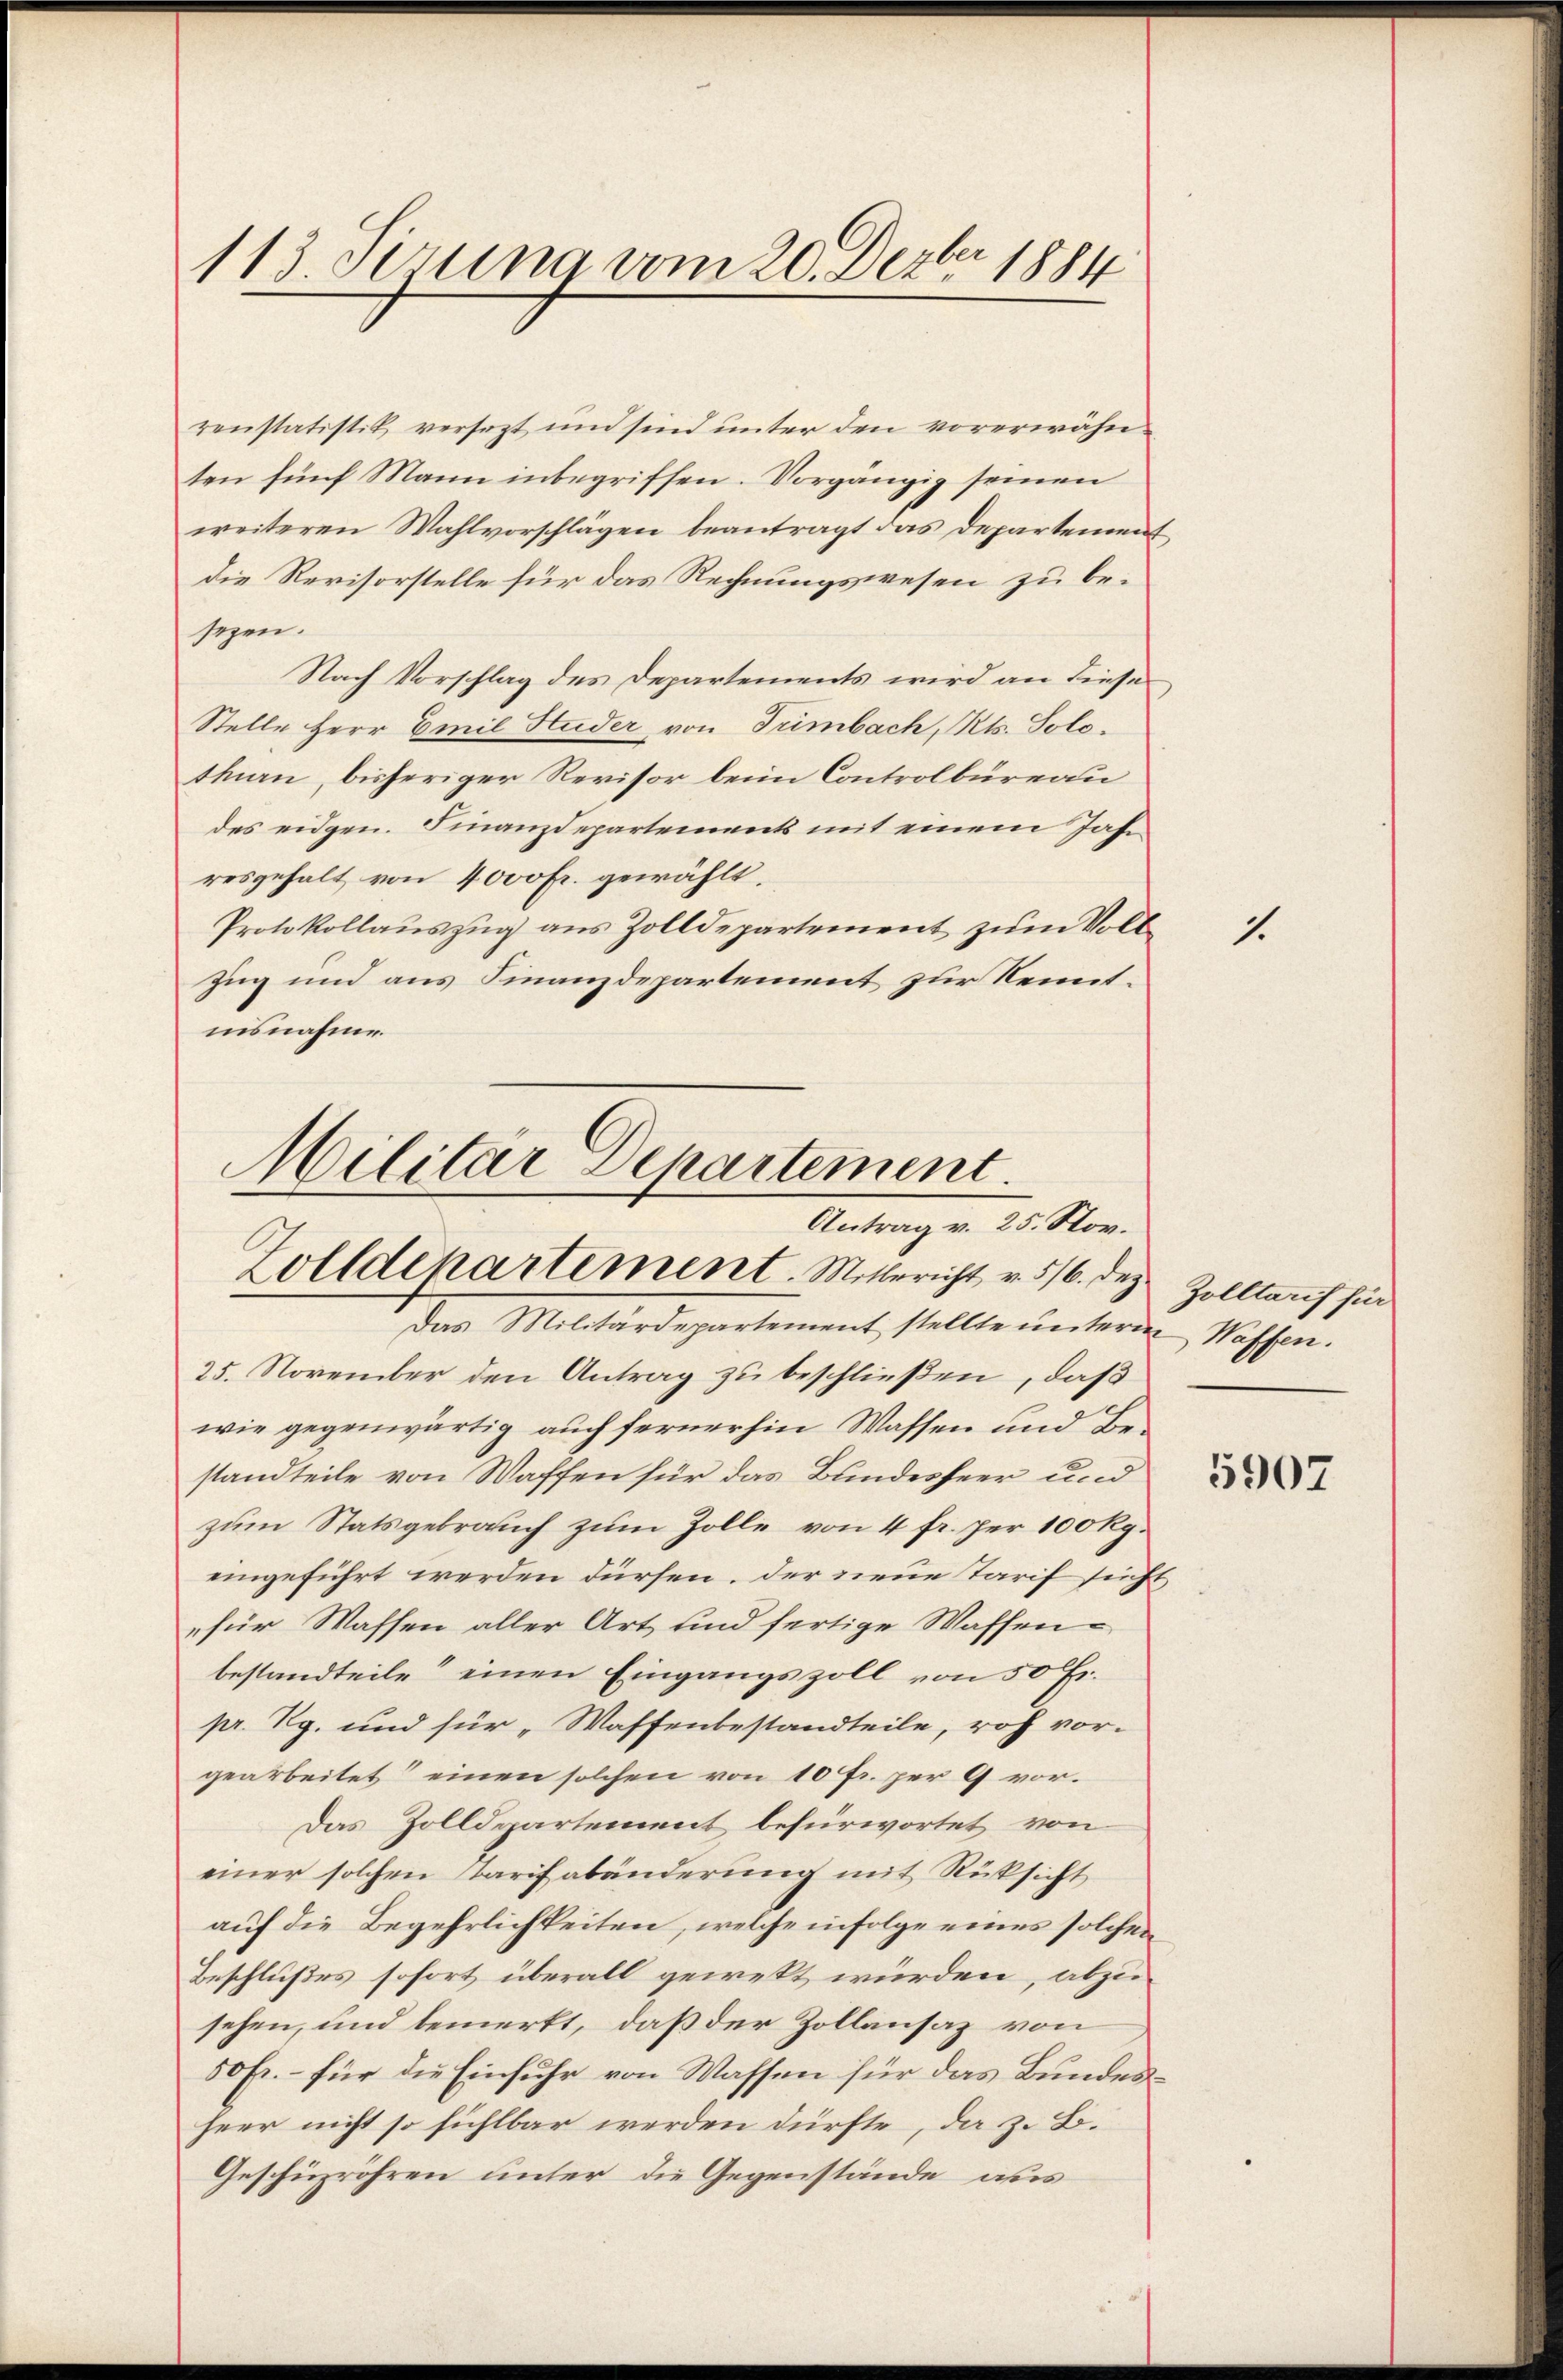
113. derung vom 20. Dezbr 1884

renstatistik versezt und sind unter den vorerwähn-
ten fünf Mann inbegriffen. Vorgängig seinen
weiteren Wahlvorschlägen beantragt das Departement
die Revisorstelle für das Rechnungswesen zu besezen.
Nach Vorschlag des Departements wird an diese
Stelle Herr Emil Huder, von Tümbach, Kts. Solothen, bisheriger Revisor beim Controlbureau
des eidgen. Finanzdepartements mit einem Jahr
resgehalt von 4000 fr. gewählt.
Protokollauszug aus Zolldepartement zum Voll¬
Zug und aus Finanzdepartement zur Kenntnisnahme.

Militar Departement.
Antrag v. 25. Nov.
Zolldepartement. Mitbericht v. 5/6. des Zollauf für
Das Militärdepartement stellte unterm Waffen.

25. November den Antrag zu beschließen, daß
wie gegenwärtig auch fernerhin Wassen und Bestandteile von Waffen für das Bundesheer und
zum Statsgebrauch zum Zolle von 4 fr. per 100 Rg.
eingeführt werden dürfen. Der neue Tarif sicht
für Wassen aller Art und fertige Waffenbestandteile“ einen Eingangszoll von 50 Fr.
pr. Rg. und für „Waffenbestandteile, roh vor-
gearbeitet einen solchen von 10 Fr. per G. vor.
Das Zolldepartement befürwortet von
einer solchen Starifabänderung mit Rücksicht
auf die Begehrlichkeiten, welche infolge eines solchen
Beschlußes sofort überall gewekt würden, abzusehen, und bemerkt, daß der Zollansaz von
50 Fr. – für die Einfuhr von Wassen für das Bundesheer nicht so fühlbar werden dürfte, da z. B.
Geschüzröhren unter die Gegenstände aus

1.

5907